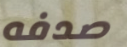
صدفه